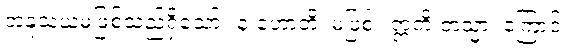
အနုသယမဖြစ်သည်ရှိသော်။ န ဟောတိ၊ မဖြစ်။ ဣတိ တသ္မာ၊ ကြောင့်။